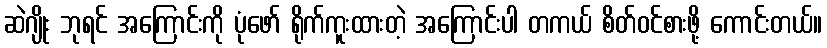
ဆဲဂျိုး ဘုရင် အကြောင်းကို ပုံဖော် ရိုက်ကူးထားတဲ့ အကြောင်းပါ တကယ် စိတ်ဝင်စားဖို့ ကောင်းတယ်။